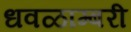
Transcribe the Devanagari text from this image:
धवळाम्बरी